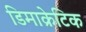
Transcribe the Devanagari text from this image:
डिमाक्रेटिक